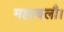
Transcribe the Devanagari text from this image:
महाबलौ।